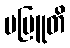
ပဗြူတိ